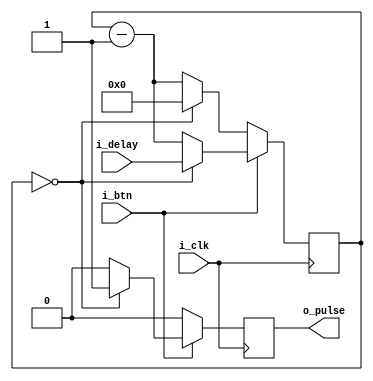
// Condition a push button
// Fires just after pushing it, then repeat with a fixed interval
module push_button (
    input i_btn,           // button active high
    input [31:0] i_delay,  // [31:0] ticks to wait for repeat
    input i_clk,
    output reg o_pulse     // output is high for 1 tick
);

reg [31:0] counter = 0;

always @(negedge i_clk) begin
    if (i_btn) begin
        if (counter == 0) begin
            o_pulse <= 1;
            counter <= i_delay;
        end
        else begin
            o_pulse <= 0;
            counter <= counter == 0 ? 0 : counter - 1'b1;
        end
    end
    else begin
        counter <= counter == 0 ? 0 : counter - 1'b1;
        o_pulse <= 0;
    end
end

endmodule